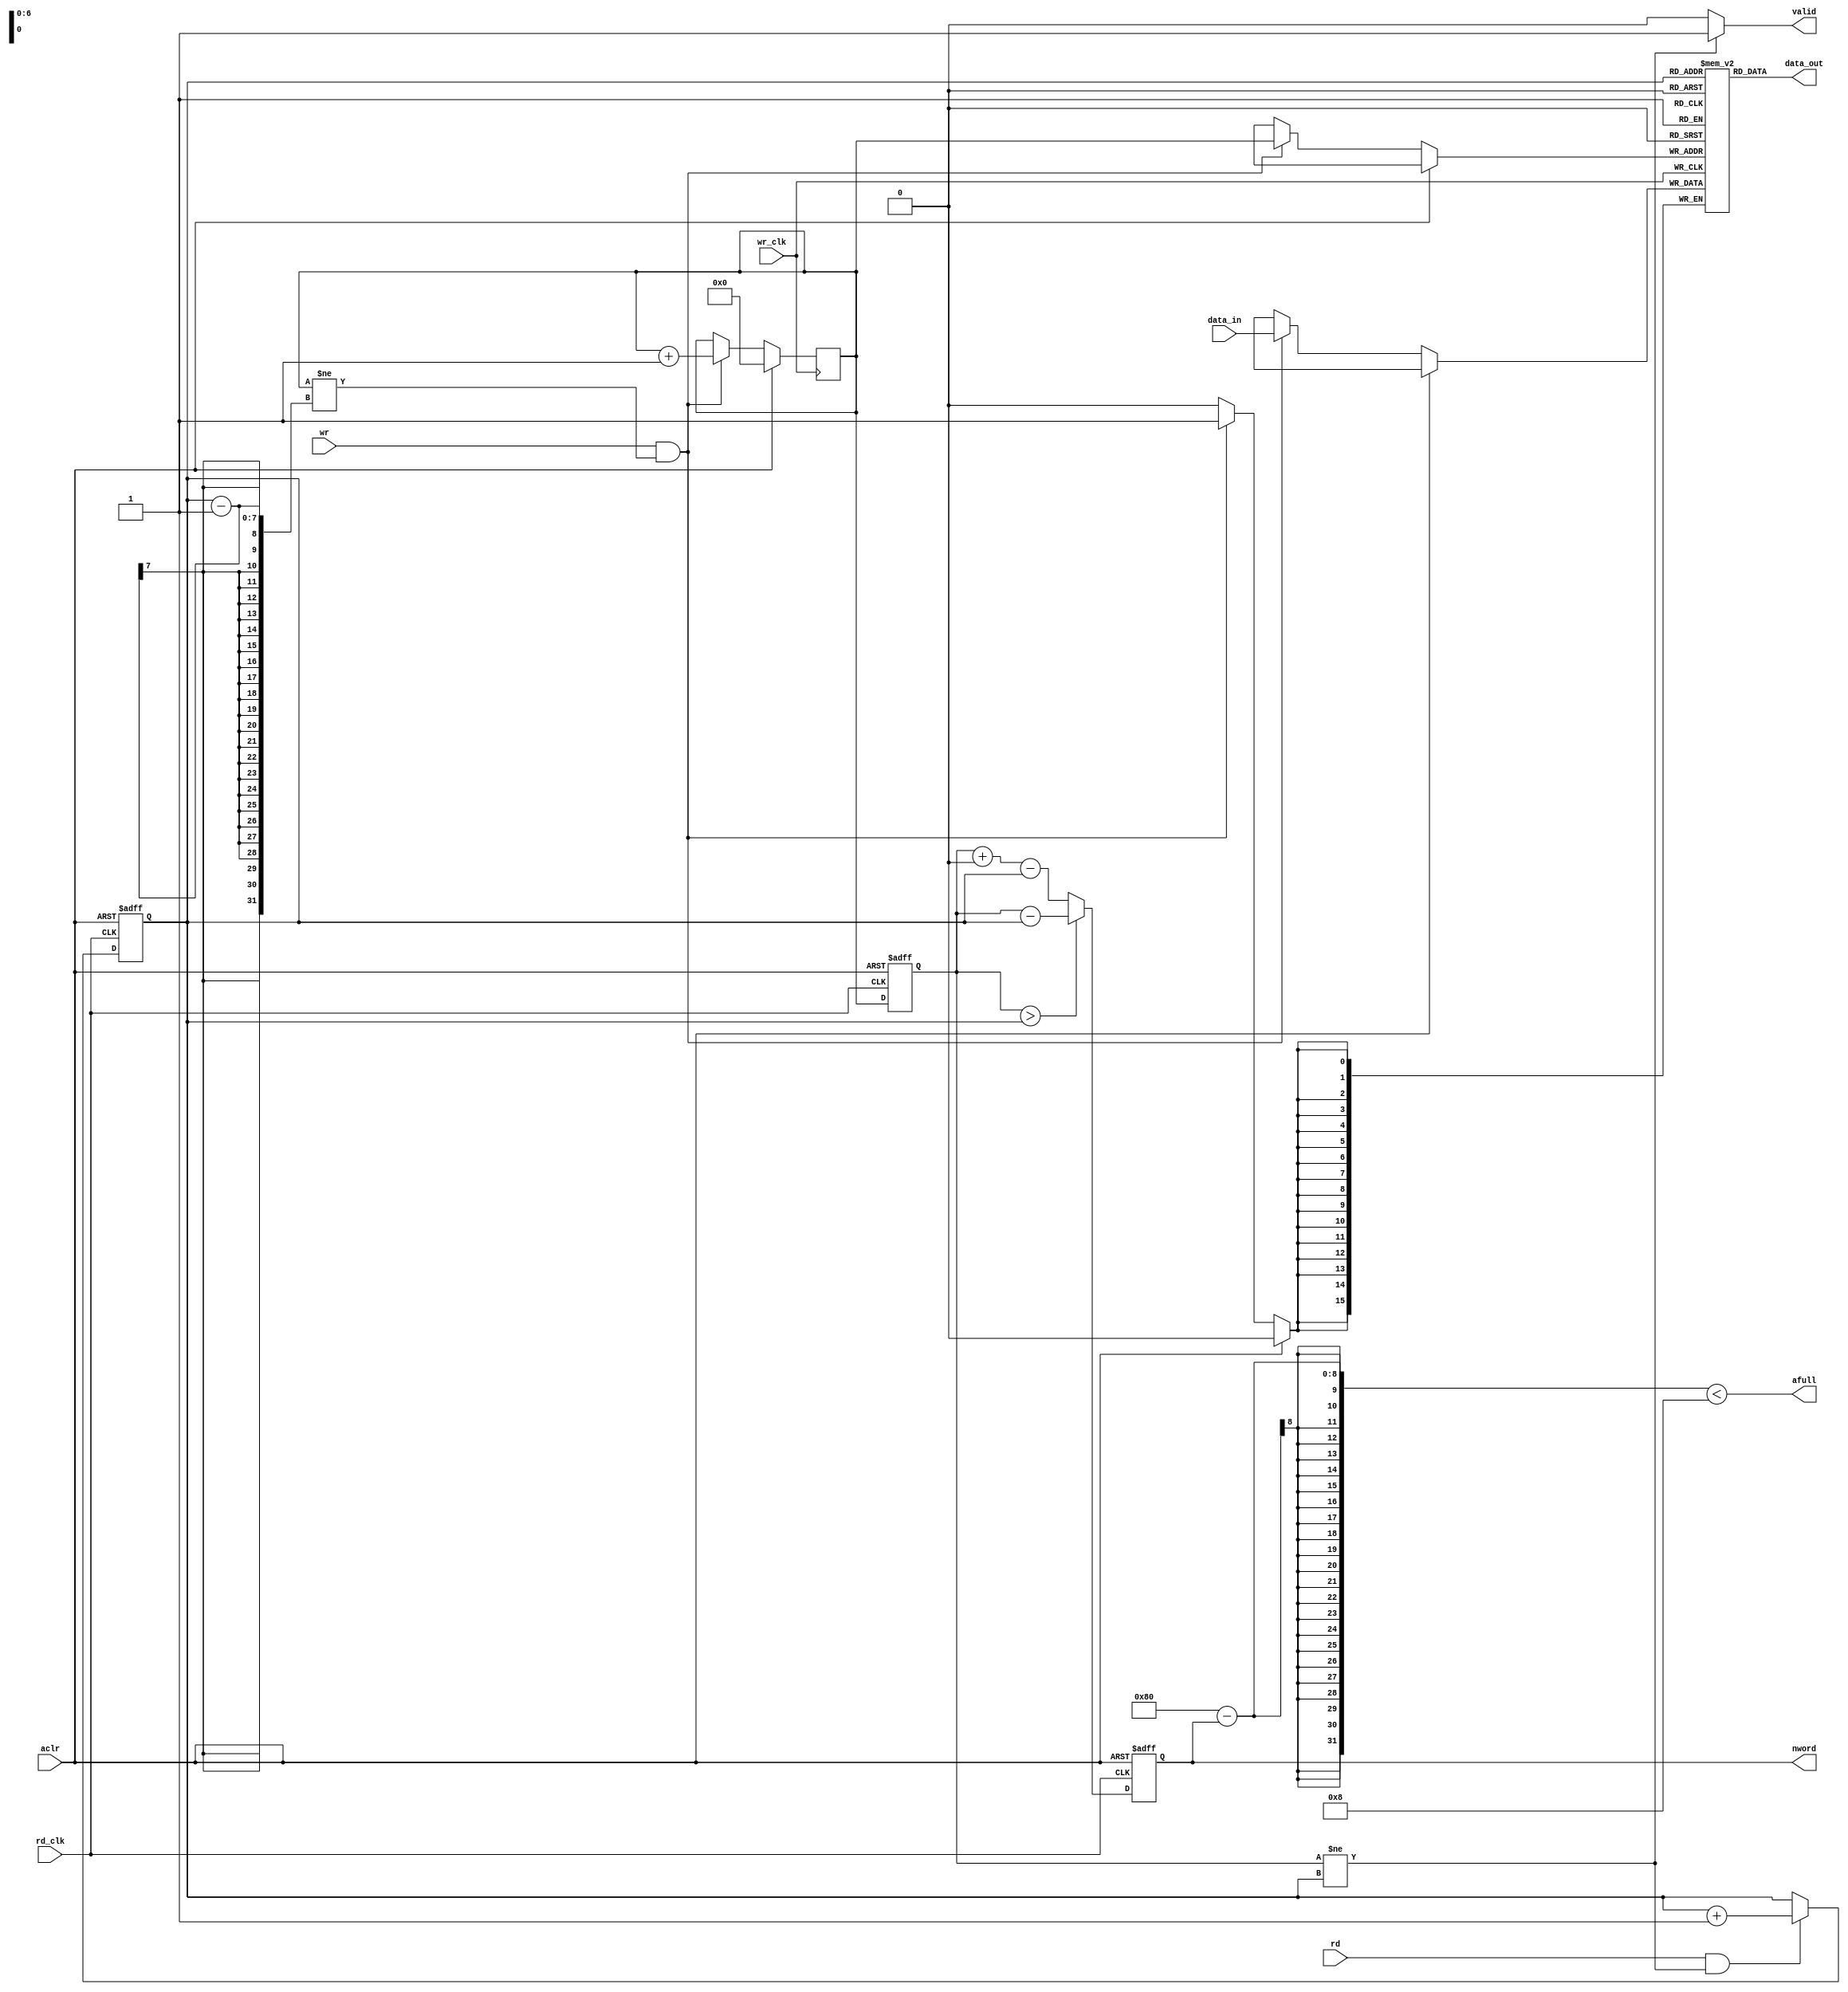
module dc_fifo_async_read
(
	aclr,

	wr_clk,
	wr,
	data_in,
	afull,
		
	rd_clk,
	rd,
	data_out,
	nword,
	valid
);
parameter addr_bits = 7;
parameter data_bits = 16;
input  aclr;
input  wr_clk;
input  wr;
input  [data_bits-1:0] data_in;
output afull;

input  rd_clk;
input  rd;
output [data_bits-1:0] data_out;
output [addr_bits-1:0] nword;
output valid;

reg [data_bits-1:0] data_out;

reg [addr_bits-1:0] wr_addr;
reg [data_bits-1:0] wr_data[0: (1 << addr_bits) - 1];

reg [addr_bits-1:0] rd_addr;
reg [addr_bits-1:0] wr_addr_s;
reg [addr_bits-1:0] nword;
reg valid;

always @(posedge wr_clk)
if (aclr) 
	wr_addr <= 0;
else if (wr && (wr_addr != rd_addr - 1)) begin
	wr_addr <= wr_addr + 1;
	wr_data[wr_addr] <= data_in;
end

always @(posedge rd_clk or posedge aclr)
if (aclr)
	wr_addr_s <= 0;
else 
	wr_addr_s <= wr_addr;

always @(posedge rd_clk or posedge aclr)
if (aclr)
	nword <= 0;
else 
	nword <= wr_addr_s > rd_addr ? wr_addr_s - rd_addr : wr_addr_s + (1 << addr_bits)- rd_addr ;

always @(posedge rd_clk or posedge aclr)
if (aclr) begin
	rd_addr <= 0;
end
else if (rd && wr_addr_s != rd_addr) begin
	rd_addr <= rd_addr + 1;
end

always @(*)
	data_out <= wr_data[rd_addr];


always @(*)
if (wr_addr_s != rd_addr)
	valid <= 1;
else
	valid <= 0;
	

assign afull = (1 << addr_bits) - nword < 8;

//synopsys translate_off
always @(posedge wr_clk)
if (wr && (wr_addr == rd_addr - 1))
	$display("%t : %m, write while fifo is full", $time);

always @(posedge rd_clk)
if (rd && wr_addr_s == rd_addr)
	$display("%t : %m, read while fifo is empty", $time);
//synopsys translate_on

endmodule